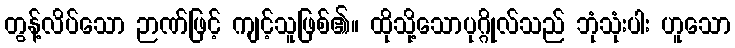
တွန့်လိပ်သော ဉာဏ်ဖြင့် ကျင့်သူဖြစ်၏။ ထိုသို့သောပုဂ္ဂိုလ်သည် ဘုံသုံးပါး ဟူသော